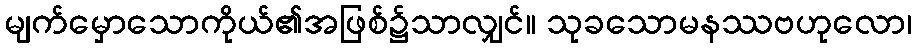
မျက်မှောသောကိုယ်၏အဖြစ်၌သာလျှင်။ သုခသောမနဿဗဟုလော၊